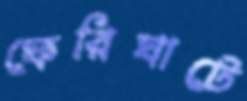
ফেরিঘাটে